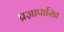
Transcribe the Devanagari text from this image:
प्रज्ञापारिता